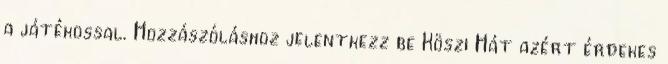
a játékossal. Hozzászóláshoz jelentkezz be Köszi Hát azért érdekes